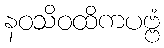
နဝသိဝထိကပဗ္ဗံ